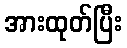
အားထုတ်ပြီး